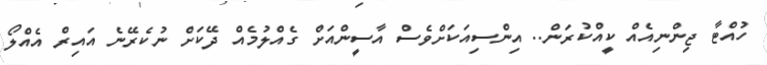
ހުއްޓާ ޖިންނިއެއް ކީއްކުރަން.. އިންސިއަކަށްވެސް އާސީންއަށް ގެއްލުމެއް ދޭކަށް ނުކެރޭނެ އައިރް އެއްލޯ